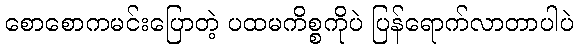
စောစောကမင်းပြောတဲ့ ပထမကိစ္စကိုပဲ ပြန်ရောက်လာတာပါပဲ